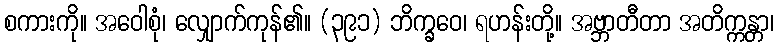
စကားကို။ အဝေါစုံ၊ လျှောက်ကုန်၏။ (၃၉၁) ဘိက္ခဝေ၊ ရဟန်းတို့။ အဗ္ဘာတီတာ အတိက္ကန္တာ၊